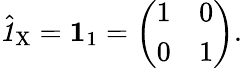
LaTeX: \hat{\textbf{\textit{1}}\, }_{\! \mathrm{X}}=\mathbf{1}_{1}=\left(\begin{array}{ll}{1}&{0}\\ {0}&{1}\end{array}\right).